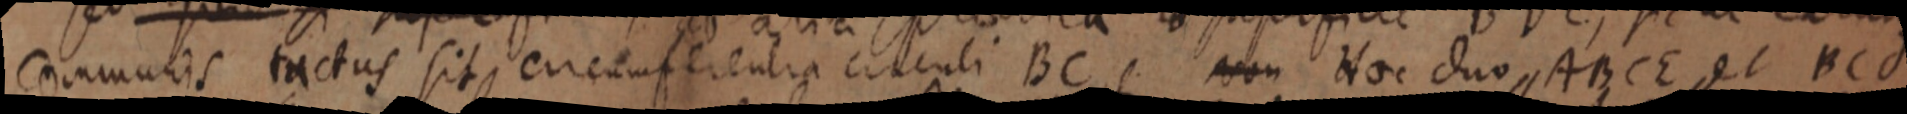
communis tactus sit, circumferentia circuli BC Non Hoc duo ABCE et BCd